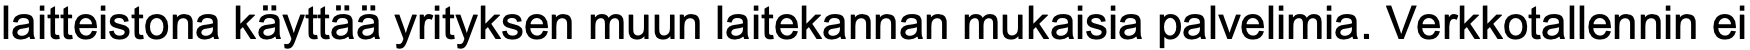
laitteistona käyttää yrityksen muun laitekannan mukaisia palvelimia. Verkkotallennin ei